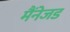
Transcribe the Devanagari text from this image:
मैंनेजड